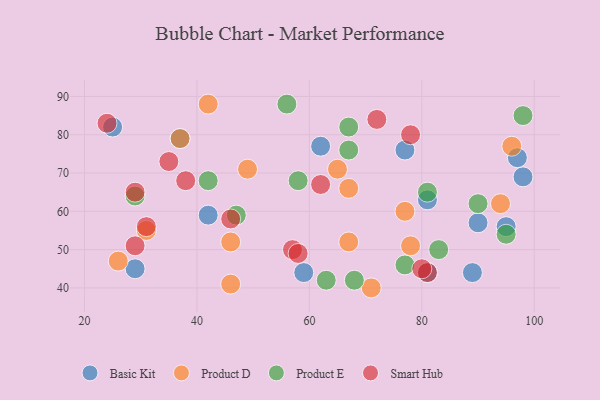
{"axis": {"x": "GDP", "y": "Life Expectancy"}, "legend": ["Basic Kit", "Product D", "Product E", "Smart Hub"], "data": [{"x": "25", "y": 82, "type": "Basic Kit"}, {"x": "90", "y": 57, "type": "Basic Kit"}, {"x": "98", "y": 69, "type": "Basic Kit"}, {"x": "95", "y": 56, "type": "Basic Kit"}, {"x": "62", "y": 77, "type": "Basic Kit"}, {"x": "29", "y": 45, "type": "Basic Kit"}, {"x": "81", "y": 63, "type": "Basic Kit"}, {"x": "42", "y": 59, "type": "Basic Kit"}, {"x": "59", "y": 44, "type": "Basic Kit"}, {"x": "77", "y": 76, "type": "Basic Kit"}, {"x": "37", "y": 79, "type": "Basic Kit"}, {"x": "89", "y": 44, "type": "Basic Kit"}, {"x": "97", "y": 74, "type": "Basic Kit"}, {"x": "81", "y": 44, "type": "Basic Kit"}, {"x": "46", "y": 52, "type": "Product D"}, {"x": "94", "y": 62, "type": "Product D"}, {"x": "31", "y": 55, "type": "Product D"}, {"x": "65", "y": 71, "type": "Product D"}, {"x": "67", "y": 52, "type": "Product D"}, {"x": "26", "y": 47, "type": "Product D"}, {"x": "77", "y": 60, "type": "Product D"}, {"x": "46", "y": 41, "type": "Product D"}, {"x": "37", "y": 79, "type": "Product D"}, {"x": "96", "y": 77, "type": "Product D"}, {"x": "42", "y": 88, "type": "Product D"}, {"x": "78", "y": 51, "type": "Product D"}, {"x": "71", "y": 40, "type": "Product D"}, {"x": "49", "y": 71, "type": "Product D"}, {"x": "67", "y": 66, "type": "Product D"}, {"x": "95", "y": 54, "type": "Product E"}, {"x": "83", "y": 50, "type": "Product E"}, {"x": "42", "y": 68, "type": "Product E"}, {"x": "98", "y": 85, "type": "Product E"}, {"x": "68", "y": 42, "type": "Product E"}, {"x": "81", "y": 65, "type": "Product E"}, {"x": "90", "y": 62, "type": "Product E"}, {"x": "58", "y": 68, "type": "Product E"}, {"x": "77", "y": 46, "type": "Product E"}, {"x": "67", "y": 82, "type": "Product E"}, {"x": "67", "y": 76, "type": "Product E"}, {"x": "63", "y": 42, "type": "Product E"}, {"x": "29", "y": 64, "type": "Product E"}, {"x": "47", "y": 59, "type": "Product E"}, {"x": "56", "y": 88, "type": "Product E"}, {"x": "24", "y": 83, "type": "Smart Hub"}, {"x": "29", "y": 51, "type": "Smart Hub"}, {"x": "46", "y": 58, "type": "Smart Hub"}, {"x": "78", "y": 80, "type": "Smart Hub"}, {"x": "57", "y": 50, "type": "Smart Hub"}, {"x": "31", "y": 56, "type": "Smart Hub"}, {"x": "35", "y": 73, "type": "Smart Hub"}, {"x": "62", "y": 67, "type": "Smart Hub"}, {"x": "81", "y": 44, "type": "Smart Hub"}, {"x": "58", "y": 49, "type": "Smart Hub"}, {"x": "72", "y": 84, "type": "Smart Hub"}, {"x": "29", "y": 65, "type": "Smart Hub"}, {"x": "38", "y": 68, "type": "Smart Hub"}, {"x": "80", "y": 45, "type": "Smart Hub"}]}